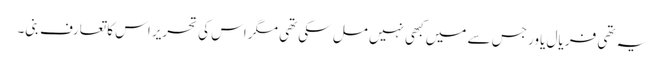
یہ تھی فر یال یاور جس سے میں کبھی نہیں مل سکی تھی مگر اس کی تحریر اس کا تعارف بنی۔